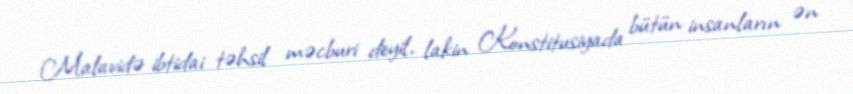
Malavidə ibtidai təhsil məcburi deyil, lakin Konstitusiyada bütün insanların ən